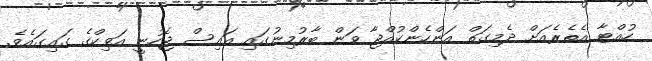
ހުއްޓާ އެތެރެއަށް ދެމިގަތް އަންހެންކުއްޖާ ވަން ބާރުމިނުގައި އައިސް ޖެހުނީ އަވިކްގެ ގައިގައެވެ.